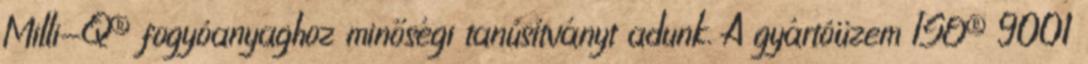
Milli-Q® fogyóanyaghoz minőségi tanúsítványt adunk. A gyártóüzem ISO® 9001